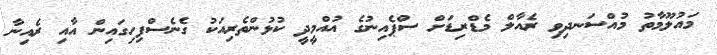
މައުލޫމާތު މުއްސަނދިވި ރެއާލް މެޑްރިޑަށް ސްޕެއިނުގެ އުއްމީދީ ކުޅުންތެރިއަކު ގެނެސްފިހިގައިން އާއި ރެއިނާ